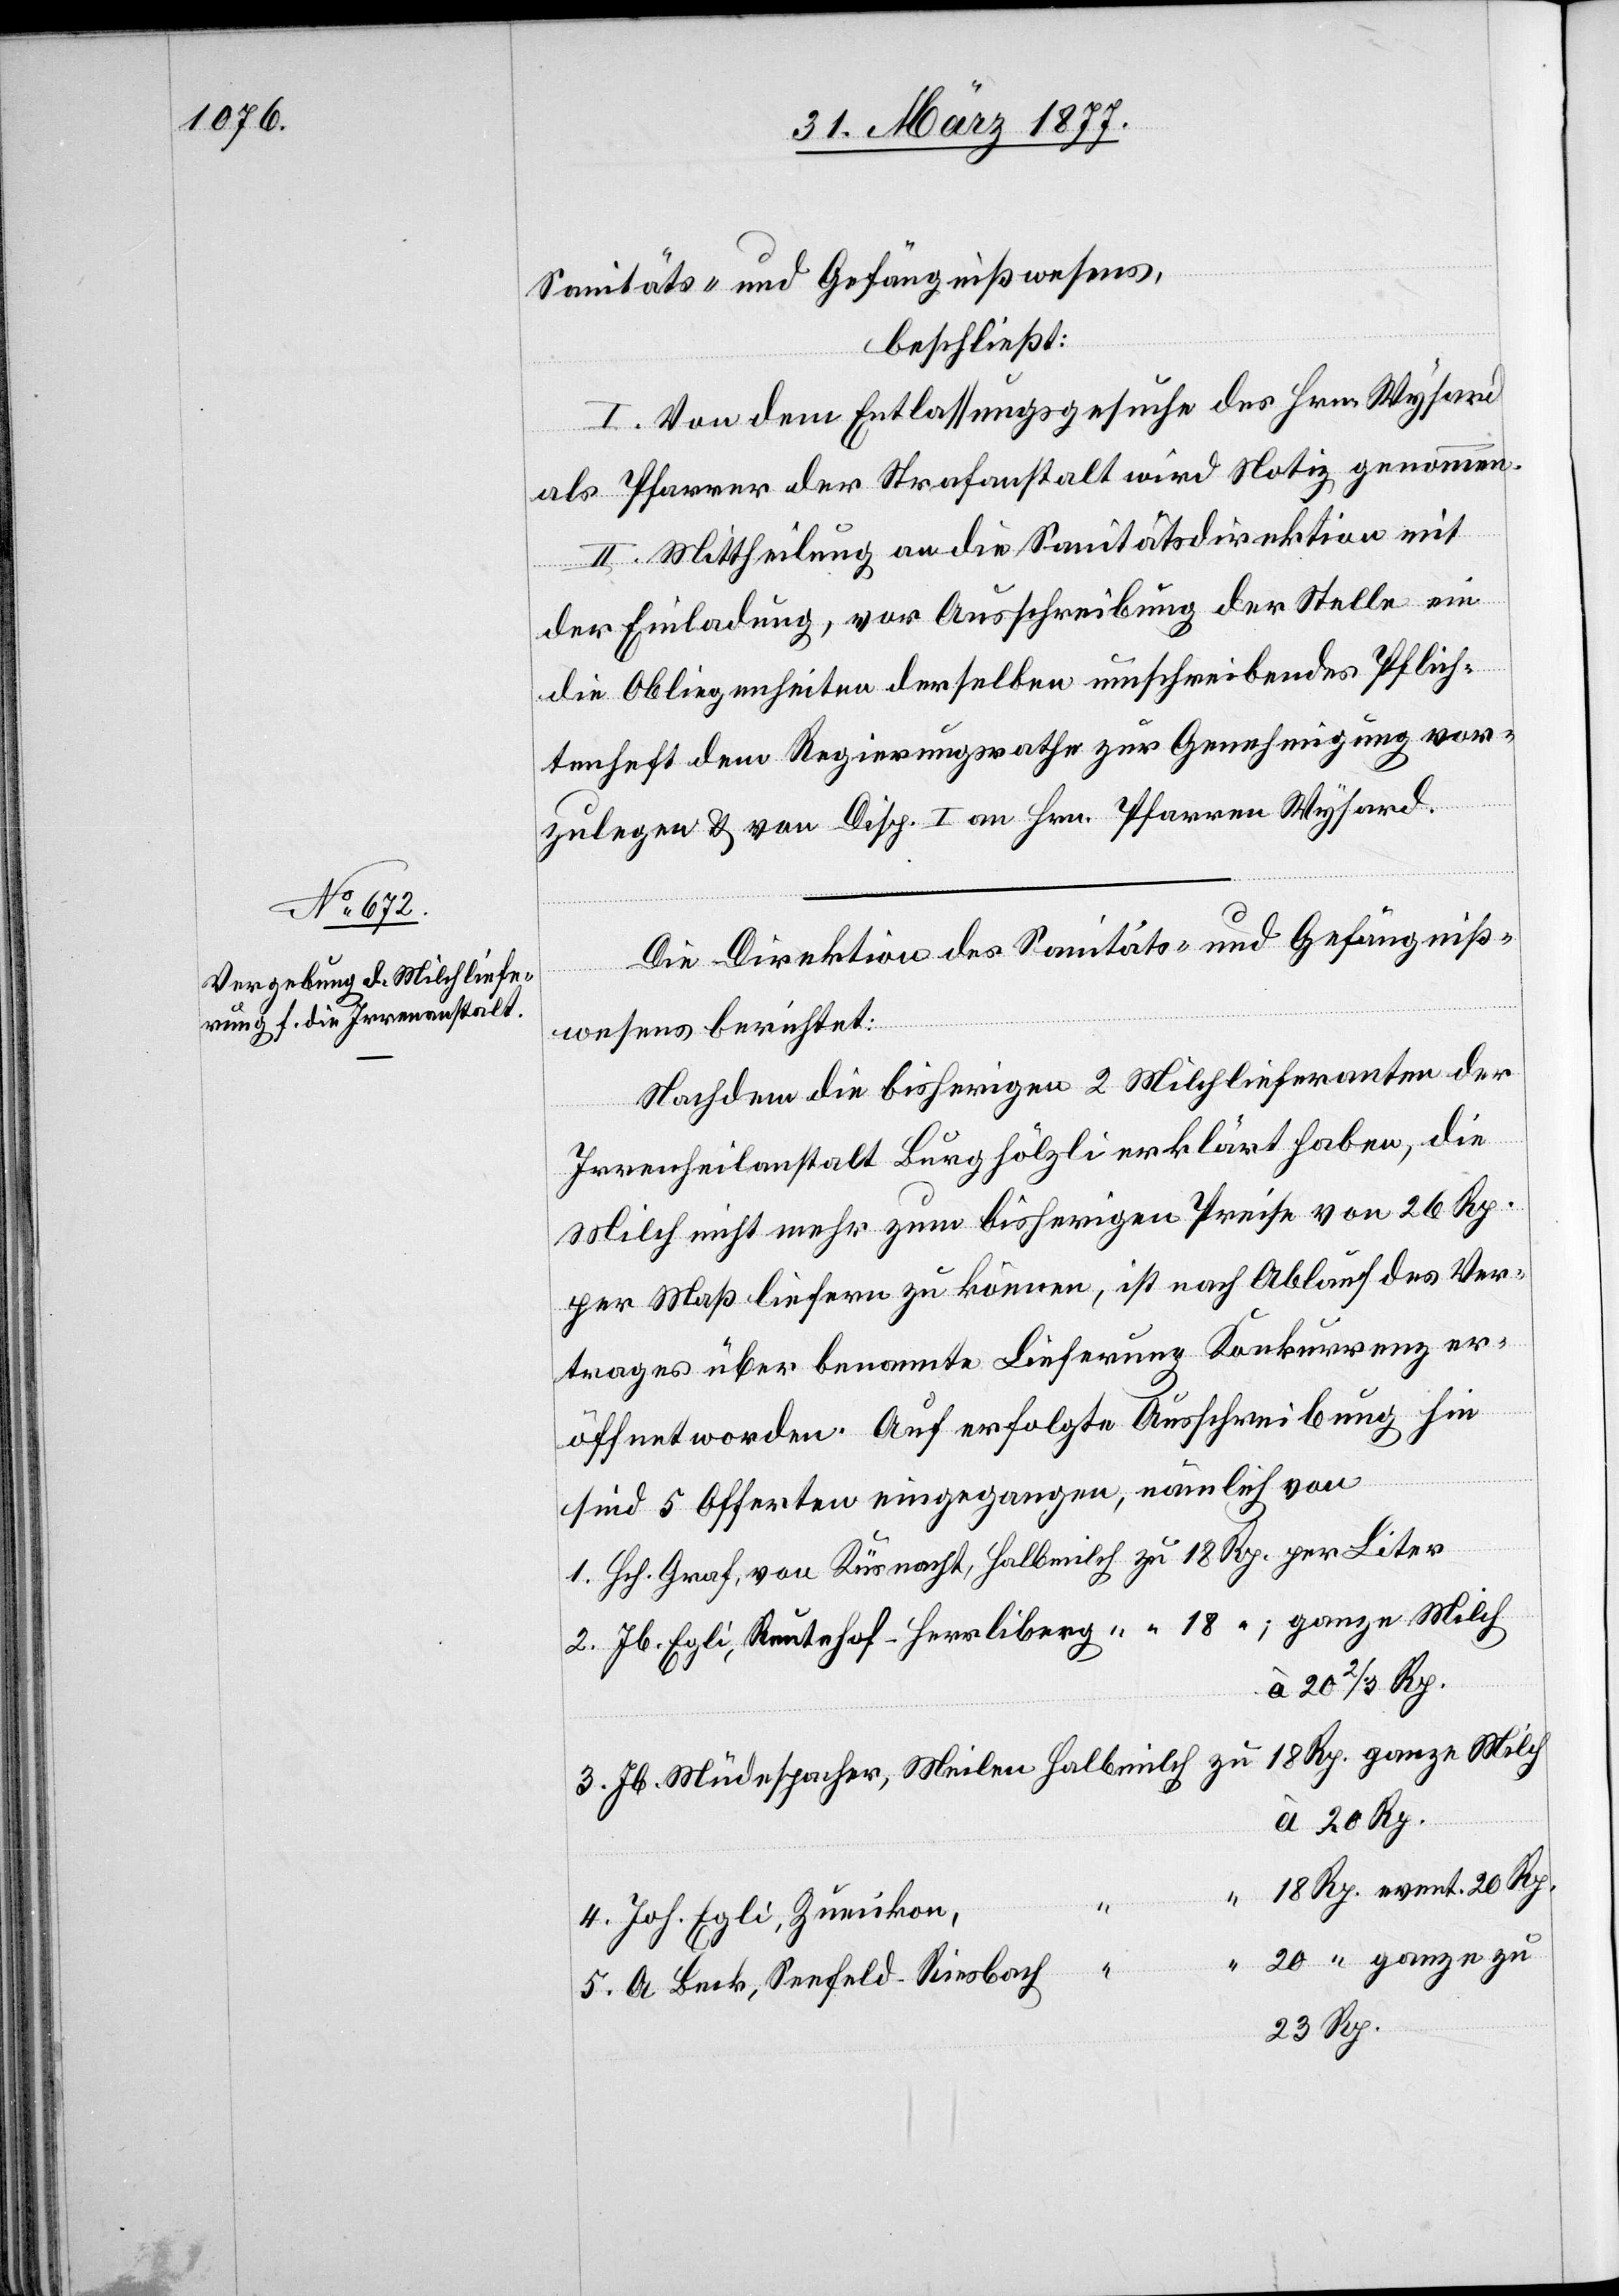
Sanitäts- und Gefängnißwesens,
beschließt:
I. Von dem Entlassungsgesuche des Hrn. Wysard
als Pfarrer der Strafanstalt wird Notiz genommen.
II. Mittheilung an die Sanitätsdirektion mit
der Einladung, vor Ausschreibung der Stelle ein
die Obliegenheiten derselben umschreibendes Pflich¬
tenheft dem Regierungsrathe zur Genehmigung vor¬
zulegen & von Disp. I an Hrn. Pfarrer Wysard.
Die Direktion des Sanitäts- und Gefängniß¬
wesens berichtet:
Nachdem die bisherigen 2 Milchlieferanten der
Irrenanstalt Burghölzli erklärt haben, die
Milch nicht mehr zum bisherigen Preise von 26 Rp.
per Maß liefern zu können, ist nach Ablauf des Ver¬
trages über benannte Lieferung Konkurrenz er¬
öffnet worden. Auf erfolgte Ausschreibung hin
sind 5 Offerten eingegangen, nämlich von
1. Hch. Graf, von Küsnacht, Halbmilch zu 18 Rp. per Liter.
2. Jb. Egli, Reutehof - Herrliberg “ “ “ “; ganze Milch
à 20 2/3 Rp.
3. Jb. Müdespacher, Meilen Halbmilch zu 18 Rp. ganze Milch
à 20 Rp.
18 Rp. event. 20 Rp.
4. Joh. Egli, Zumikon
“ 20 “ ganze zu
5. A. Beck, Seefeld - Riesbach “
23 Rp.